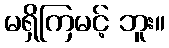
မရှိကြမင့် ဘူး။